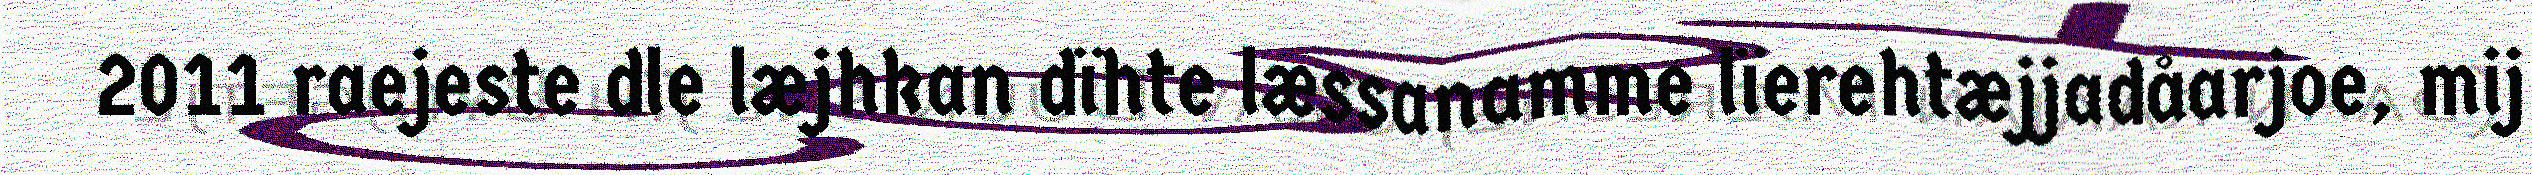
2011 raejeste dle læjhkan dïhte læssanamme lïerehtæjjadåarjoe, mij